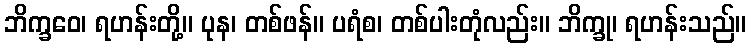
ဘိက္ခဝေ၊ ရဟန်းတို့။ ပုန၊ တစ်ဖန်။ ပရံစ၊ တစ်ပါးတုံလည်း။ ဘိက္ခု၊ ရဟန်းသည်။